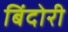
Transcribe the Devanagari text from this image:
बिंदोरी